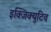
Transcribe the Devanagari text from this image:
इक्जिक्युटिव